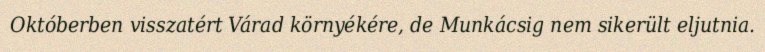
Októberben visszatért Várad környékére, de Munkácsig nem sikerült eljutnia.